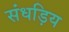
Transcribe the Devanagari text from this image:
संधड़िय